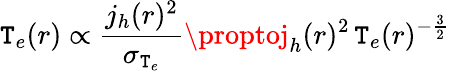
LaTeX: \mathtt{T}_{e}(r)\propto\frac{{j_{h}(r)^{2}}}{{\sigma_{\mathtt{T}_{e}}}}\proptoj_{h}(r)^{2}\, \mathtt{T}_{e}(r)^{-\frac{{3}}{{2}}}